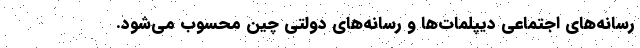
رسانه‌های اجتماعی دیپلمات‌ها و رسانه‌‌های دولتی چین محسوب می‌شود.